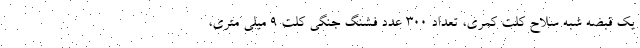
یک قبضه شبه سلاح کلت کمری، تعداد ۳۰۰ عدد فشنگ جنگی کلت ۹ میلی متری،